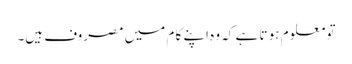
تو معلو م ہو تا ہے کہ وہ اپنے کا م میں مصروف ہیں۔